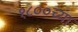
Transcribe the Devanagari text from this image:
१८००च्या